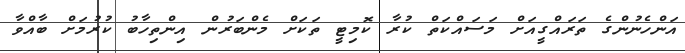
އަންހެނުންގެ ތަރައްގީއަށް މަސައްކަތް ކުރާ ކޮމިޓީ ތަކަށް މެންބަރުން އިންތިހާބު ކުރުމަށް ބާއްވާ